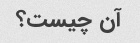
آن چیست؟